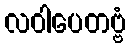
လဝါပေတဗ္ဗံ